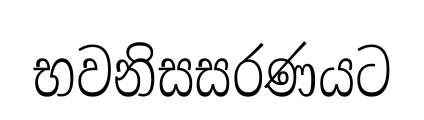
භවනිසසරණයට